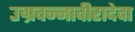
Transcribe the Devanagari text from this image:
उग्रचन्नावीरादेवा